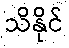
သိနိုင်